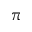
\pi